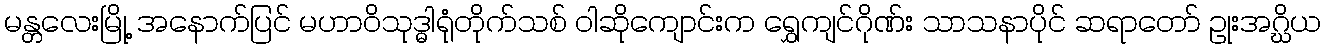
မန္တလေးမြို့ အနောက်ပြင် မဟာဝိသုဒ္ဓါရုံတိုက်သစ် ဝါဆိုကျောင်းက ရွှေကျင်ဂိုဏ်း သာသနာပိုင် ဆရာတော် ဥုးအဂ္ဃိယ